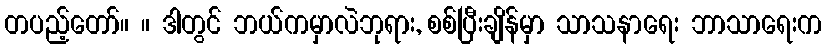
တပည့်တော်။ ။ ဒါတွင် ဘယ်ကမှာလဲဘုရား, စစ်ပြီးချိန်မှာ သာသနာရေး ဘာသာရေးက